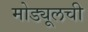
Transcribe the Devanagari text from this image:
मोड्यूलची